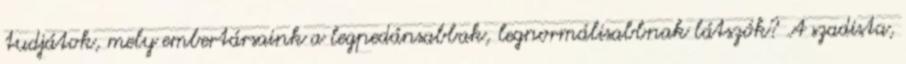
tudjátok, mely embertársaink a legpedánsabbak, legnormálisabbnak látszók? A szadista,